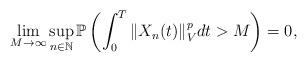
LaTeX: \begin{align*}\lim_{M\rightarrow\infty}\sup_{n\in\mathbb{N}}\mathbb{P}\left( \int_0^T \Vert X_n(t) \Vert_V^p dt > M \right) = 0 ,\end{align*}